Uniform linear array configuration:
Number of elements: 16
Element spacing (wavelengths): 0.5
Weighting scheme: exponential
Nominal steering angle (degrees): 60
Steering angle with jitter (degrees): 59.47
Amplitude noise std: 0.05
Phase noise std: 0.05

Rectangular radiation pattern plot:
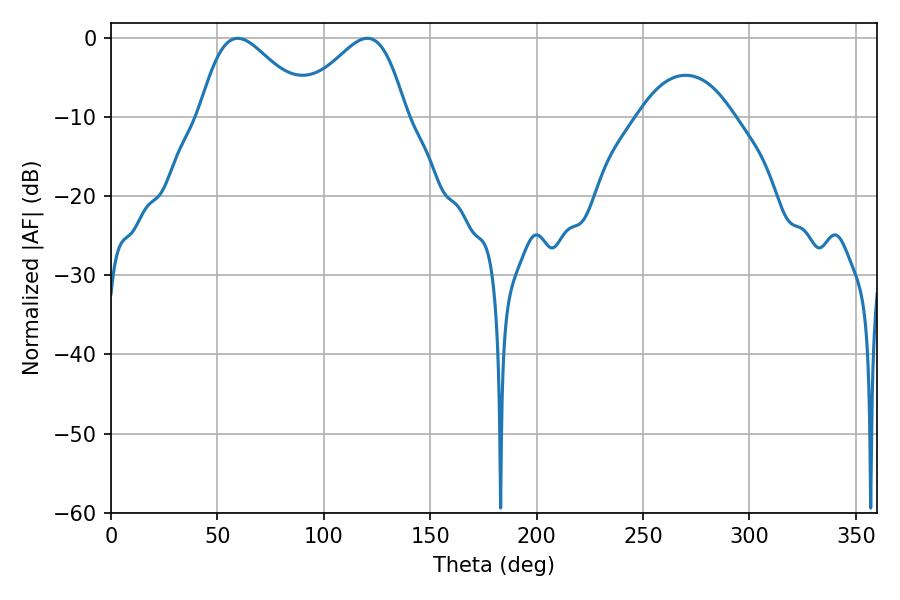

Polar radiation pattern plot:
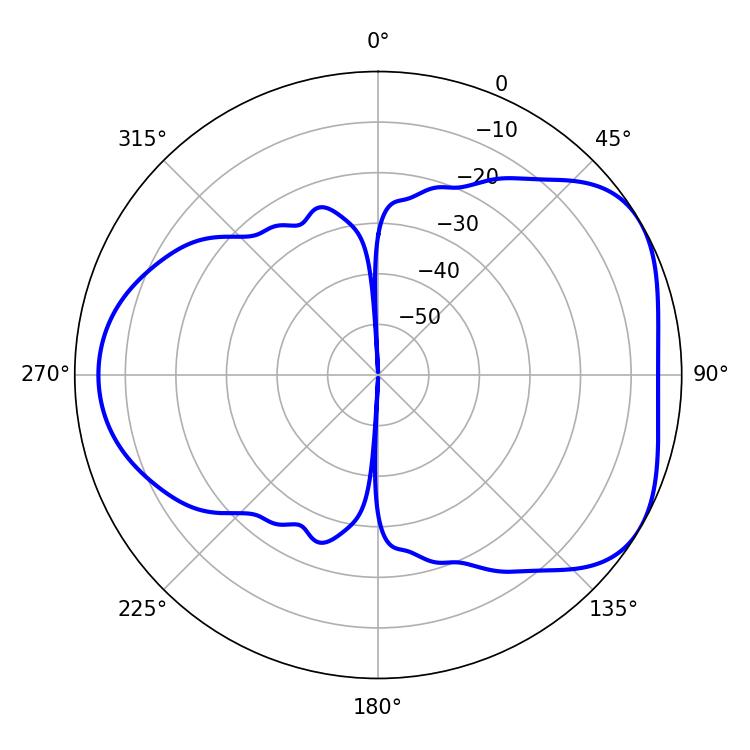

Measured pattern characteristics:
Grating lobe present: FALSE
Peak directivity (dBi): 4.593
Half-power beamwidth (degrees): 27
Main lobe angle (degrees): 120.42